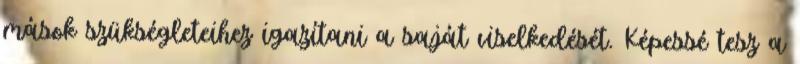
mások szükségleteihez igazítani a saját viselkedését. Képessé tesz a